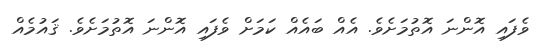
ވެފައި އޮންނަ އޮތުމަށެވެ. އެއް ބައެއް ކަމަށް ވެފައި އޮންނަ އޮތުމަށެވެ. ޤައުމެއް